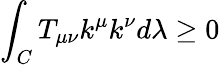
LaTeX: \int_{C}T_{\mu\nu}k^{\mu}k^{\nu}d\lambda\ge 0